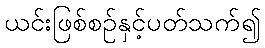
ယင်းဖြစ်စဉ်နှင့်ပတ်သက်၍